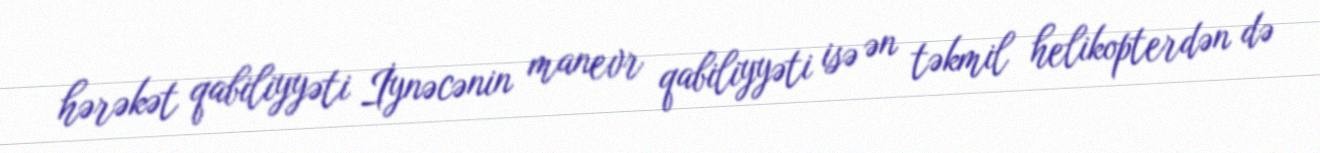
hərəkət qabiliyyəti İynəcənin manevr qabiliyyəti isə ən təkmil helikopterdən də